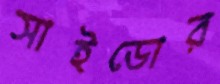
সাইডোর